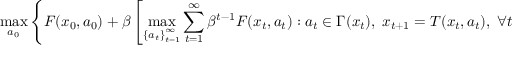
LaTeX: \operatorname* { m a x } _ { a _ { 0 } } \left\{ F ( x _ { 0 } , a _ { 0 } ) + \beta \left[ \operatorname* { m a x } _ { \left\{ a _ { t } \right\} _ { t = 1 } ^ { \infty } } \sum _ { t = 1 } ^ { \infty } \beta ^ { t - 1 } F ( x _ { t } , a _ { t } ) : a _ { t } \in \Gamma ( x _ { t } ) , \; x _ { t + 1 } = T ( x _ { t } , a _ { t } ) , \; \forall t \geq 1 \right] \right\}